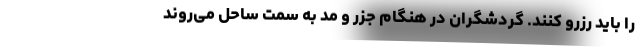
را باید رزرو کنند. گردشگران در هنگام جزر و مد به سمت ساحل می‌روند